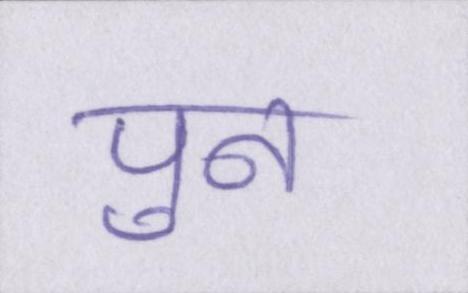
पुन